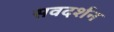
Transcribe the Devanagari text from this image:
सवदर्शन